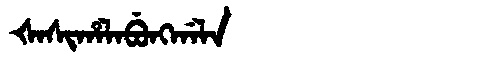
Manchu: ᡧᠠᠰᡳᡥᠠᠯᠠᠪᡠᠩᡤᠠᠯᠠ
Romanization: ŠASIHALABUNGGALA